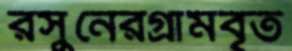
রসুনেরগ্রামবৃত